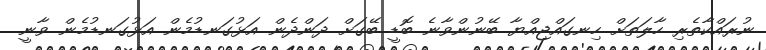
ނުރައްކާތެރި ހާލަތަށް ހިނގައްޖިއްޔާ ބޭނުންވާނެ ބޮޑީ ބޭގަށް ދަންދެން އަޅުގަނޑުމެން އަޅުގަނޑުމެން ވާނީ